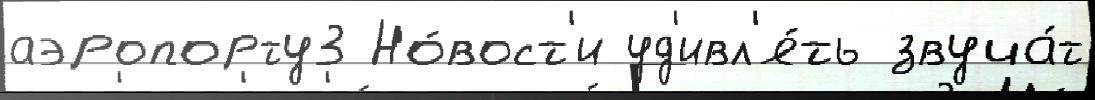
аэропорту3 Но́вост'и уд'ивл'я́ть звуча́т